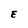
Character: E